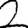
Digit: 2